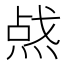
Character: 𰞿